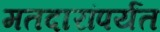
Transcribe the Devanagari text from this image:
मतदारांपर्यंत